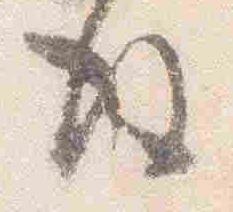
後